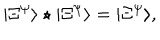
LaTeX: | \Xi ^ { \psi } \rangle \star | \Xi ^ { \psi } \rangle = | \Xi ^ { \psi } \rangle ,